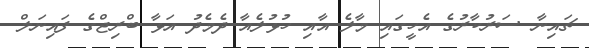
ޗައިނާ ސަރުކާރުގެ އެހީގައި މާލެ އާއި ހުޅުލެއާ ދެމެދު އަޅާ ބްރިޖްގެ ފައިނަލް